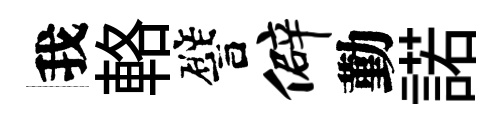
我輅譬僻勤諾